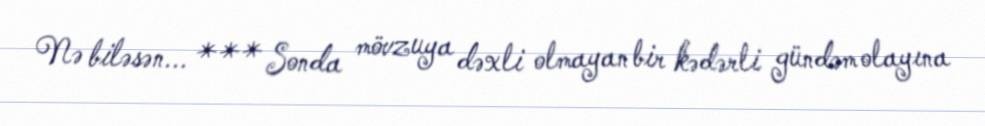
Nə biləsən... *** Sonda mövzuya dəxli olmayan bir kədərli gündəm olayına